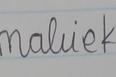
Signature authenticity: forged